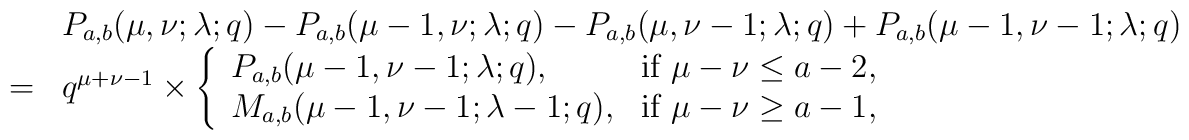
\begin{array}{cl}& P_{a,b}(\mu , \nu ; \lambda ; q)-P_{a,b}(\mu -1, \nu ; \lambda ; q)-P_{a,b}(\mu , \nu -1; \lambda ; q)+P_{a,b}(\mu -1, \nu -1; \lambda ; q) \\= & q^{\mu +\nu -1} \times \left\{ \begin{array}{ll}P_{a,b}(\mu -1, \nu -1; \lambda ; q), &\mbox{if $\mu -\nu \leq a-2$, } \\M_{a,b}(\mu -1, \nu -1; \lambda -1; q), &\mbox{if $\mu -\nu \geq a-1$, }\end{array} \right.\end{array}